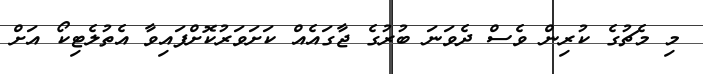
މި މެޗުގެ ކުރިން ވެސް ދެވަނަ ބުރުގެ ޖާގައެއް ކަށަވަރުކޮށްފައިވާ އެތުލެޓިކޯ އަށް